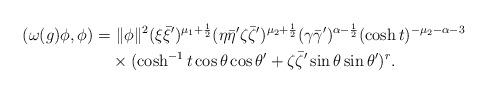
LaTeX: \begin{align*}(\omega(g)\phi, \phi)=&~\|\phi\|^2 (\xi\bar{\xi}')^{\mu_1+\frac{1}{2}}(\eta\bar{\eta}'\zeta\bar{\zeta}')^{\mu_2+\frac{1}{2}}(\gamma\bar{\gamma}')^{\alpha-\frac{1}{2}}(\cosh t)^{-\mu_2-\alpha-3} \\&\times (\cosh^{-1}t \cos \theta \cos \theta' + \zeta\bar{\zeta}'\sin \theta \sin \theta')^r.\end{align*}